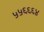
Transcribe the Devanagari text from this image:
५५६६६४